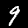
Digit: 9